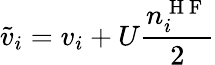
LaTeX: \tilde{v}_{i}=v_{i}+U\frac{n_{i}^{\mathrm{~H~F~}}}{2}